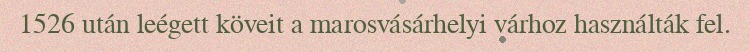
1526 után leégett köveit a marosvásárhelyi várhoz használták fel.